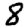
Digit: 8